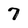
Character: 7